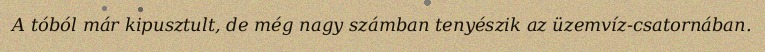
A tóból már kipusztult, de még nagy számban tenyészik az üzemvíz-csatornában.